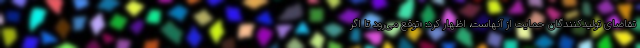
تقاضای تولیدکنندگان حمایت از آنهاست، اظهار کرد: «توقع می‌رود تا اگر